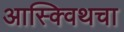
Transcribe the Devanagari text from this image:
आस्क्विथचा